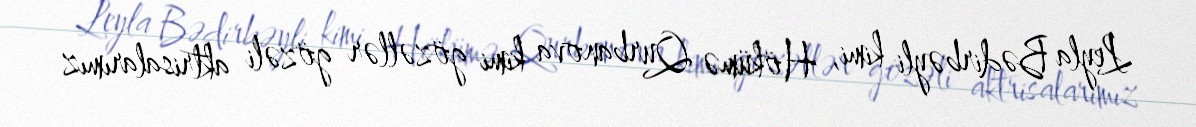
Leyla Bədirbəyli kimi, Hökümə Qurbanova kimi gözəllər gözəli aktrisalarımız